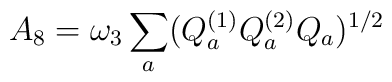
A_{8}= \omega _{3}\sum _{a} (Q^{(1)}_{a} Q^{(2)}_{a}Q_{a})^{1/2}